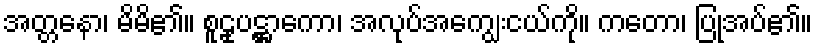
အတ္တနော၊ မိမိ၏။ စူဠုပဋ္ဌာကော၊ အလုပ်အကျွေးငယ်ကို။ ကတော၊ ပြုအပ်၏။